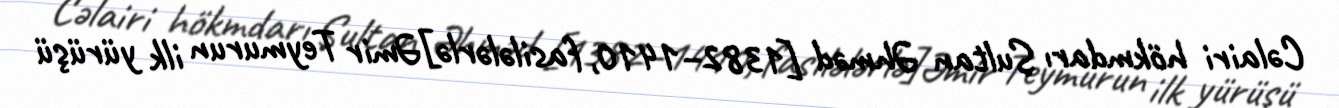
Cəlairi hökmdarı Sultan Əhməd [1382–1410, fasilələrlə]Əmir Teymurun ilk yürüşü